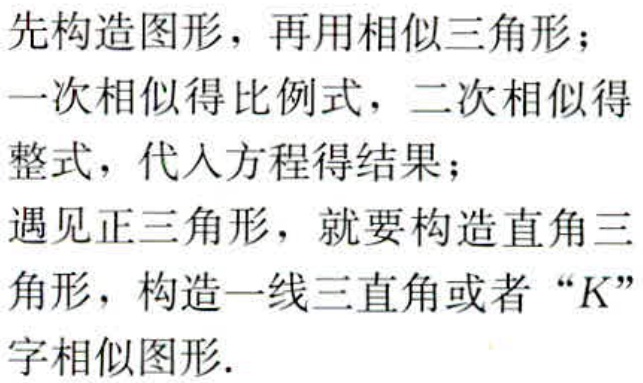
先构造图形，再用相似三角形；
一次相似得比例式，二次相似得
整式，代入方程得结果；
遇见正三角形，就要构造直角三
角形，构造一线三直角或者“K”
字相似图形.